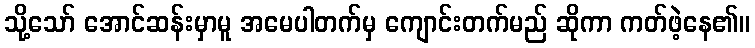
သို့သော် အောင်ဆန်းမှာမူ အမေပါတက်မှ ကျောင်းတက်မည် ဆိုကာ ကတ်ဖဲ့နေ၏။